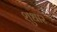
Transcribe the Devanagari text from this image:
शुधार